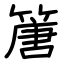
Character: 篖